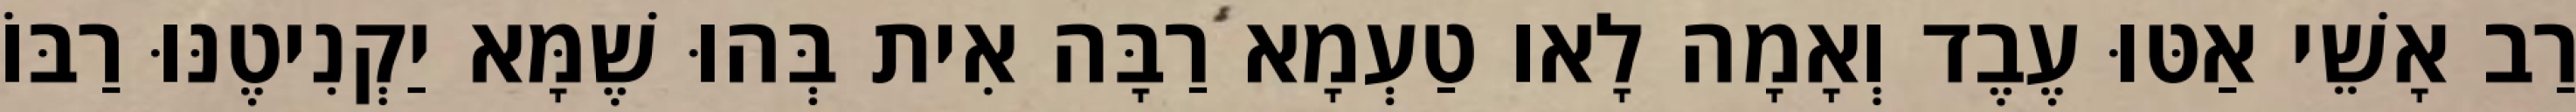
רַב אָשֵׁי אַטּוּ עֶבֶד וְאָמָה לָאו טַעְמָא רַבָּה אִית בְּהוּ שֶׁמָּא יַקְנִיטֶנּוּ רַבּוֹ